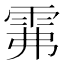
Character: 𩂕